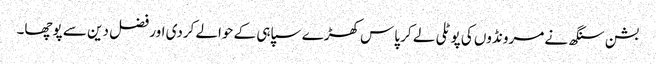
بشن سنگھ نے مرونڈوں کی پوٹلی لے کر پاس کھڑے سپاہی کے حوالے کردی اور فضل دین سے پوچھا۔